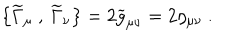
\left\{ { \widetilde \Gamma } _ { \mu } ~ , ~ { \widetilde \Gamma } _ { \nu } \right\} = 2 { \widetilde g } _ { \mu \nu } = 2 \eta _ { \mu \nu } ~ .